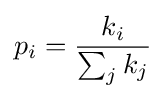
p_{i}={\frac {k_{i}}{\sum _{j}k_{j}}}